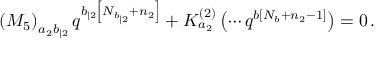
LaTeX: \left( M _ { 5 } \right) _ { a _ { 2 } b _ { | 2 } } q ^ { b _ { | 2 } \left[ N _ { b _ { | 2 } } + n _ { 2 } \right] } + K _ { a _ { 2 } } ^ { \left( 2 \right) } \left( \cdots q ^ { b \left[ N _ { b } + n _ { 2 } - 1 \right] } \right) = 0 \, .